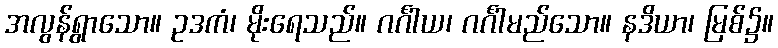
အလွန်ရွာသော။ ဥဒကံ၊ မိုးရေသည်။ ဂင်္ဂါယ၊ ဂင်္ဂါမည်သော။ နဒိယာ၊ မြစ်၌။